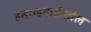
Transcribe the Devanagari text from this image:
हतगडवाडीतील